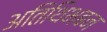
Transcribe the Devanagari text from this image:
अतिथिभबन